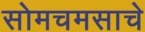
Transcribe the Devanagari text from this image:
सोमचमसाचे